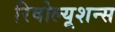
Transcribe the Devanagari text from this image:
रिवोल्यूशन्स